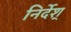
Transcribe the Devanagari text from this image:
निर्देश्